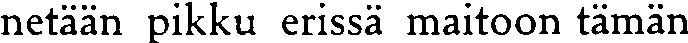
netään pikku erissä maitoon tämän